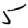
Digit: 5